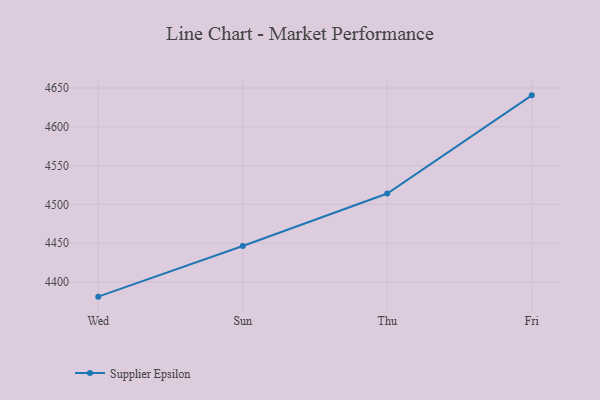
{"axis": {"x": "Day", "y": "Website Visitors"}, "legend": ["Supplier Epsilon"], "data": [{"x": "Wed", "y": 4380.9, "type": "Supplier Epsilon"}, {"x": "Sun", "y": 4446.2, "type": "Supplier Epsilon"}, {"x": "Thu", "y": 4514.0, "type": "Supplier Epsilon"}, {"x": "Fri", "y": 4640.6, "type": "Supplier Epsilon"}]}